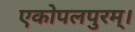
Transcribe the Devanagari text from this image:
एकोपलपुरम्।